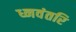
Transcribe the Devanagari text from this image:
ध्नवंतरि